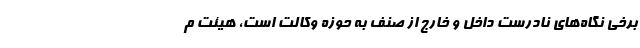
برخی نگاه‌های نادرست داخل و خارج از صنف به حوزه وکالت است، هیئت م